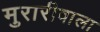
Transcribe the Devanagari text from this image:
मुरारीवाला